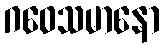
ဂဝေသမာနော